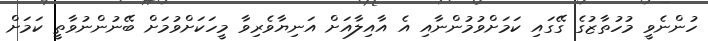
ހުންނެވީ މުހުތާޒުގެ ގޭގައި ކަމަށްވުމުންނާއި އެ އާއިލާއަށް އަނިޔާވެރިވާ މީހަކަށްވުމަށް ބޭނުންނުވާތީ ކަމަށް